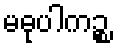
မဓုပါကဉ္စ